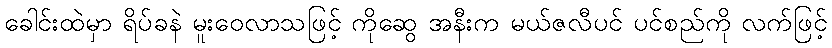
ခေါင်းထဲမှာ ရိပ်ခနဲ မူးဝေလာသဖြင့် ကိုဆွေ အနီးက မယ်ဇလီပင် ပင်စည်ကို လက်ဖြင့်